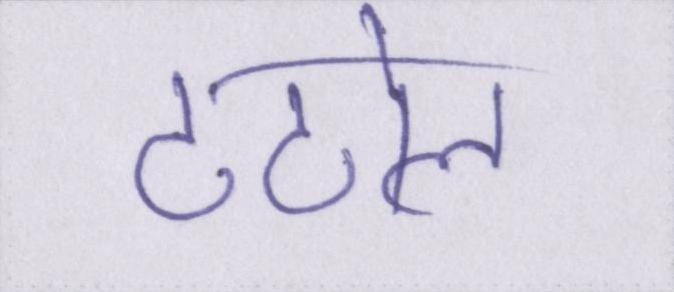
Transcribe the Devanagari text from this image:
टटोल